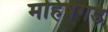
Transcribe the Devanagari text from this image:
महिषगड